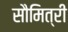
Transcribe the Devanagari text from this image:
सौमित्री